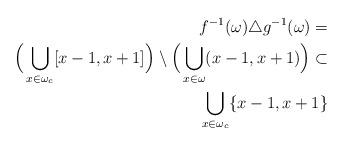
LaTeX: \begin{align*}f^{-1}(\omega)\triangle g^{-1}(\omega)= \\ \Big(\bigcup_{x\in \omega_c}[x-1,x+1] \Big )\setminus \Big(\bigcup_{x\in \omega}(x-1,x+1) \Big )\subset \\\bigcup_{x\in \omega_c}\{x-1,x+1\} \end{align*}